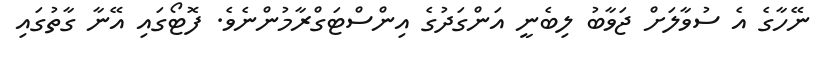
ނޭހާގެ އެ ސުވާލަށް ޖަވާބު ލިބެނީ އަންގަދުގެ އިންސްޓަގްރާމުންނެވެ. ފޮޓޯގައި އޭނާ ގާތުގައި